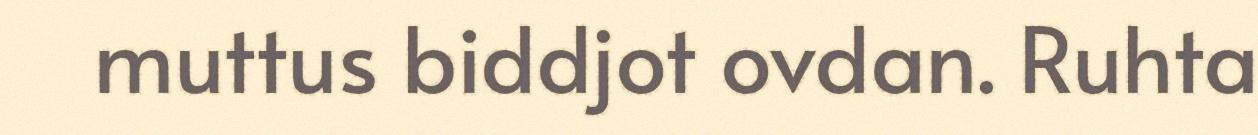
muttus biddjot ovdan. Ruhta